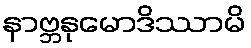
နာဗ္ဘနုမောဒိဿာမိ